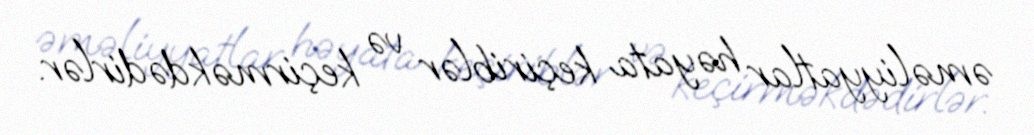
əməliyyatlar həyata keçiriblər və keçirməkdədirlər.